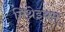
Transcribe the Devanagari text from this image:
मिथ्रेइयम